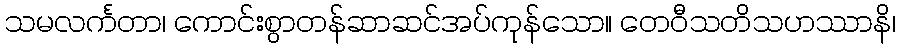
သမလင်္ကတာ၊ ကောင်းစွာတန်ဆာဆင်အပ်ကုန်သော။ တေဝီသတိသဟဿာနိ၊